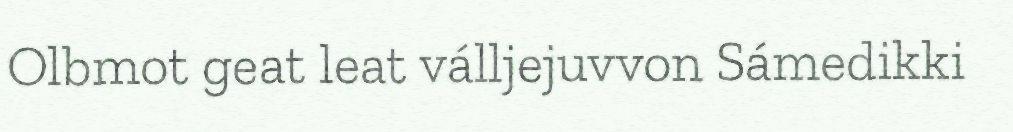
Olbmot geat leat válljejuvvon Sámedikki